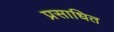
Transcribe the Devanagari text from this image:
प्रसाधित